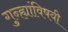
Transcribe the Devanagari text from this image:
गुन्ह्यांविषयी